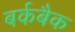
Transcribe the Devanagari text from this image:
बर्कबैक